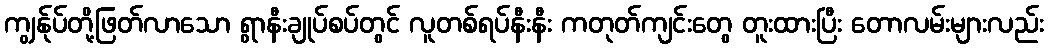
ကျွန်ုပ်တို့ဖြတ်လာသော ရွာနီးချုပ်စပ်တွင် လူတစ်ရပ်နီးနီး ကတုတ်ကျင်းတွေ တူးထားပြီး တောလမ်းများလည်း